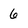
Character: 6